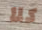
كلا